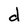
Character: d